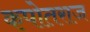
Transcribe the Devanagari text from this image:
कपोतराज